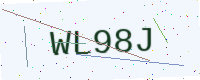
Text: WL98J